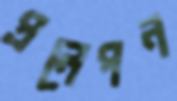
প্রলেপন